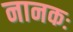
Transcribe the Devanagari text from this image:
नानकः